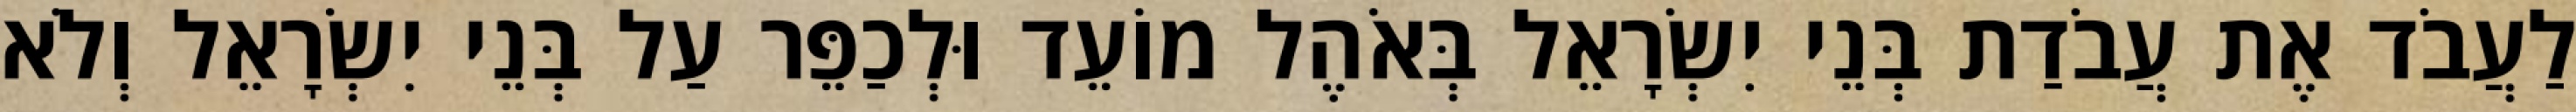
לַעֲבֹד אֶת עֲבֹדַת בְּנֵי יִשְׂרָאֵל בְּאֹהֶל מוֹעֵד וּלְכַפֵּר עַל בְּנֵי יִשְׂרָאֵל וְלֹא